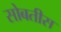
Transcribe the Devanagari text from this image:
सोबतीस